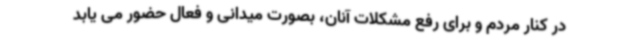
در کنار مردم و برای رفع مشکلات آنان، بصورت میدانی و فعال حضور می یابد